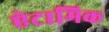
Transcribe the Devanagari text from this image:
ऐटामिक